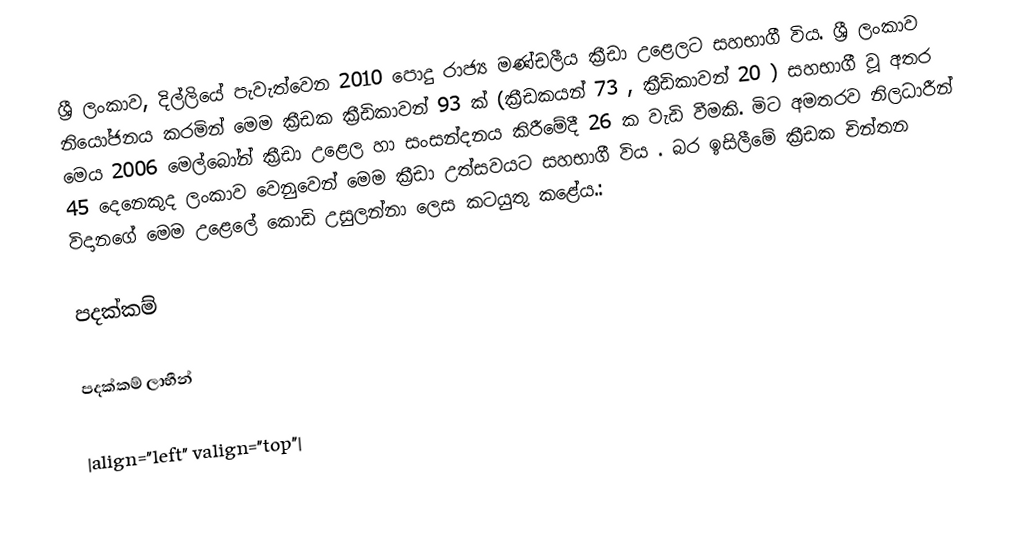
ශ්‍රී ලංකාව, දිල්ලියේ පැවැත්වෙන 2010 පොදු රාජ්‍ය මණ්ඩලීය ක්‍රීඩා උළෙලට සහභාගී විය. ශ්‍රී ලංකාව නියෝජනය කරමින් මෙම ක්‍රීඩක ක්‍රීඩිකාවන් 93 ක් (ක්‍රීඩකයන් 73 , ක්‍රීඩිකාවන් 20 ) සහභාගී වූ අතර මෙය 2006 මෙල්බෝන් ක්‍රීඩා උළෙල හා සංසන්දනය කිරීමේදී 26 ක වැඩි වීමකි. මිට අමතරව නිලධාරීන් 45 දෙනෙකුද ලංකාව වෙනුවෙන් මෙම ක්‍රීඩා උත්සවයට සහභාගී විය . බර ඉසිලීමේ ක්‍රීඩක චින්තන විදානගේ මෙම උළෙලේ කොඩි උසුලන්නා ලෙස කටයුතු කළේය.:

පදක්කම්

පදක්කම් ලාභීන්

|align="left" valign="top"|